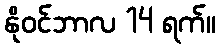
နိုဝင်ဘာလ 14 ရက်။